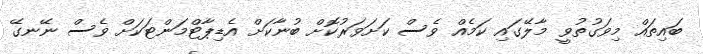
ބައިތައް މިވަގުތުވީ މާލޭގައި ކަމެއް ވެސް ކަށަވަރުކޮށް ބުނާކަށް އެޑިޕާޓްމަންޓަކަށް ވެސް ނޭނގޭ